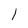
Character: l